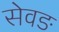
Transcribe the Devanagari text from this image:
सेवङ